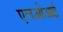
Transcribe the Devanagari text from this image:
एलओआई